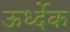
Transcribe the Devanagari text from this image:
ऊर्ध्देक